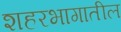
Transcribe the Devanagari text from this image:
शहरभागातील